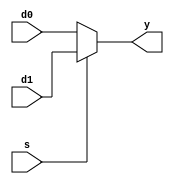
module mux_2_1 (
	input        s,
	input  [2:0] d0,
	input  [2:0] d1,
	output [2:0] y
);

// always @(*) begin
	// if (s)
		// y = d1;
	// else
		// y = d0;
// end
// 
// always @(*) begin
	// case (s)
		// 0: y = d0; 
		// 1: y = d1;
		// default: y = 3'bxxx;
	// endcase
// end

assign y = s ? d1 : d0;

endmodule